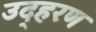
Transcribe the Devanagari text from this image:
उद्हरण